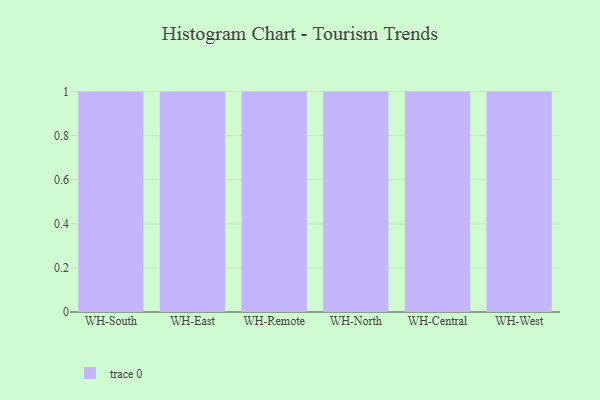
{"axis": {"x": "Warehouse", "y": "Net Income (USD K)"}, "legend": [""], "data": [{"x": "WH-South", "y": 42, "type": ""}, {"x": "WH-East", "y": 4, "type": ""}, {"x": "WH-Remote", "y": 34, "type": ""}, {"x": "WH-North", "y": 87, "type": ""}, {"x": "WH-Central", "y": 58, "type": ""}, {"x": "WH-West", "y": 33, "type": ""}]}